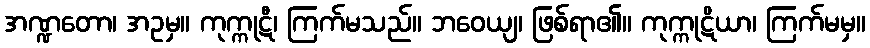
အဏ္ဍတော၊ အဥမှ။ ကုက္ကုဋီ၊ ကြက်မသည်။ ဘဝေယျ၊ ဖြစ်ရာ၏။ ကုက္ကုဋိယာ၊ ကြက်မမှ။